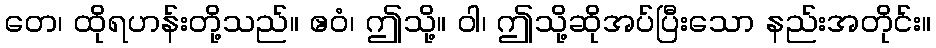
တေ၊ ထိုရဟန်းတို့သည်။ ဧဝံ၊ ဤသို့။ ဝါ၊ ဤသို့ဆိုအပ်ပြီးသော နည်းအတိုင်း။